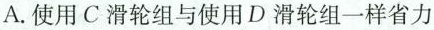
A.使用C滑轮组与使用D滑轮组一样省力